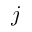
j